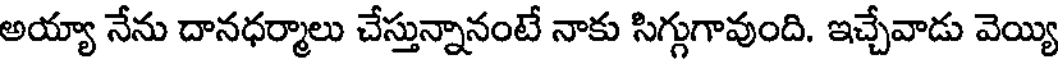
అయ్యా నేను దానధర్మాలు చేస్తున్నానంటే నాకు సిగ్గుగావుంది. ఇచ్చేవాడు వెయ్యి